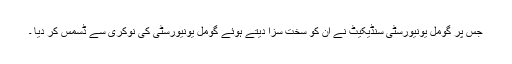
جس پر گومل یونیورسٹی سنڈیکیٹ نے ان کو سخت سزا دیتے ہوئے گومل یونیورسٹی کی نوکری سے ڈسمس کر دیا ۔